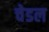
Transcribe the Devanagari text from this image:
चेडल